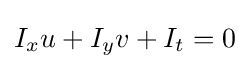
I_{x}u+I_{y}v+I_{t}=0